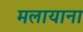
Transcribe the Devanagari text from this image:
मलायाना